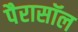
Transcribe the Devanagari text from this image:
पैरासॉल